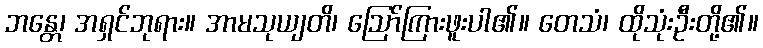
ဘန္တေ၊ အရှင်ဘုရား။ အာမသုယျတိ၊ ဩော်ကြားဖူးပါ၏။ တေသံ၊ ထိုသုံးဦးတို့၏။